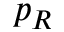
p _ { R }